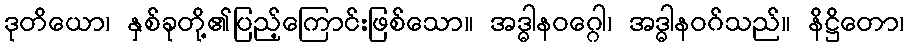
ဒုတိယော၊ နှစ်ခုတို့၏ပြည့်ကြောင်းဖြစ်သော။ အဒ္ဓါနဝဂ္ဂေါ၊ အဒ္ဓါနဝဂ်သည်။ နိဋ္ဌိတော၊